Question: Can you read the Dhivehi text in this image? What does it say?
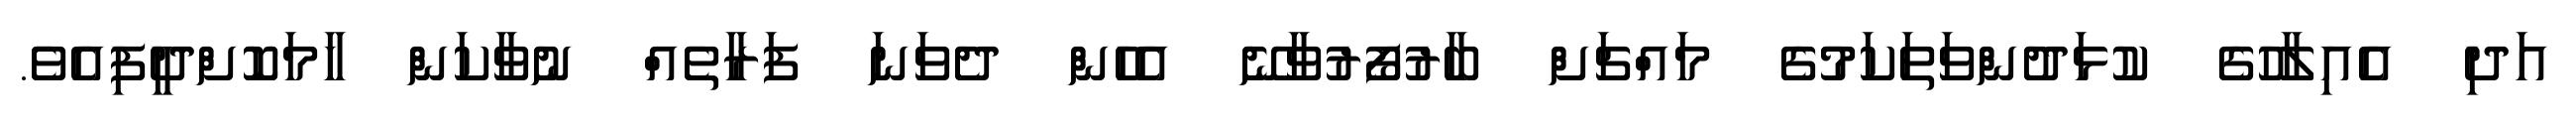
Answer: އަދި އެއިލާހުގެ ކުޅަދުންވަތަކަމުގެ މައްޗަށް ބާރުފޯރުވާނޭ އެހެން ދެވަނަ ފަރާތެއް ނުވާކަން ހާމަކޮށްދީފިއެވެ.